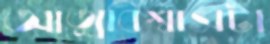
আত্মবিশ্বাসটা